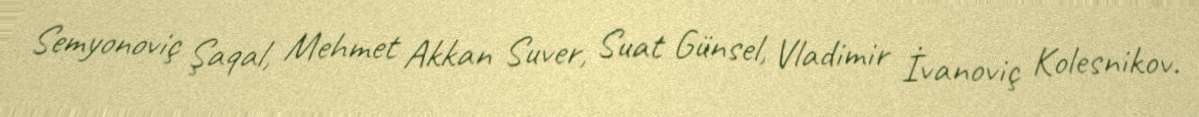
Semyonoviç Şaqal, Mehmet Akkan Suver, Suat Günsel, Vladimir İvanoviç Kolesnikov.